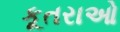
કૂતરાઓ